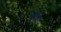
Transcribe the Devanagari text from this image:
देदी।